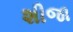
શીજા